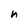
Character: n